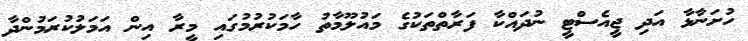
ހުށަނާޅާ އަދި ޖީއެސްޓީ ނުދައްކާ ފަރާތްތަކުގެ މައުލޫމާތު ހާމަކުރުމުގައި މީރާ އިން އަމަލުކުރަމުންދާ